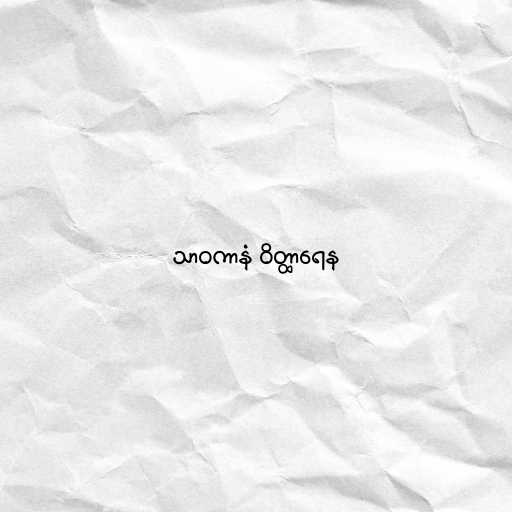
သာဝကာနံ ဝိတ္ထာရေန